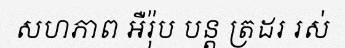
សហភាព អឺរ៉ុប បន្ត ត្រដរ រស់